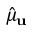
\hat { \mu } _ { \bf u }